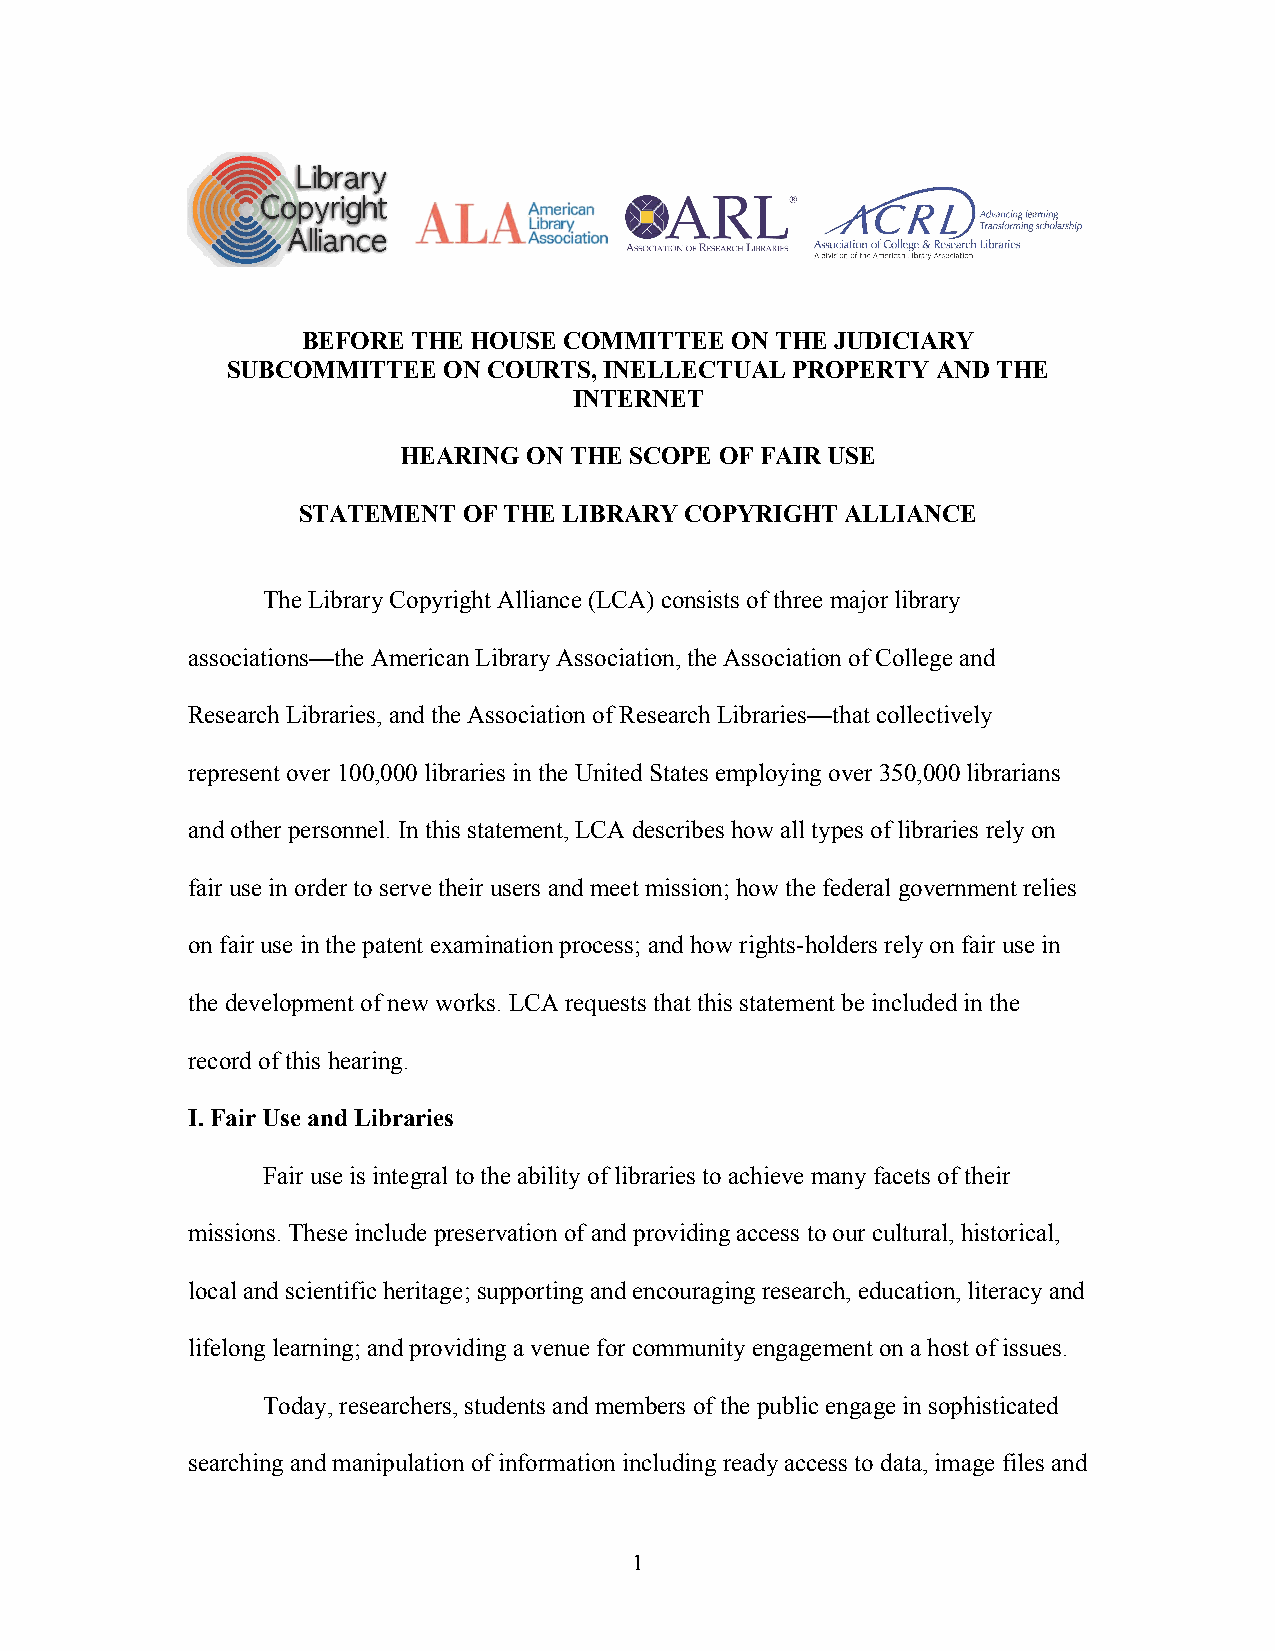
BEFORE THE HOUSE COMMITTEE  ON THE JUDICIARY
 SUBCOMMITTEE  ON COURTS, INELLECTUAL PROPERTY  AND THE
 INTERNET
 HEARING ON THE SCOPE OF FAIR USE
 STATEMENT  OF THE LIBRARY COPYRIGHT ALLIANCE
 The Library Copyright Alliance (LCA) consists of three major library
 associations—the American Library Association, the Association of College and
 Research Libraries, and the Association of Research Libraries—that collectively
 represent over 100,000 libraries in the United States employing over 350,000 librarians
 and other personnel. In this statement, LCA describes how all types of libraries rely on
 fair use in order to serve their users and meet mission; how the federal government relies
 on fair use in the patent examination process; and how rights-holders rely on fair use in
 the development of new works. LCA requests that this statement be included in the
 record of this hearing.
 I. Fair Use and Libraries
 Fair use is integral to the ability of libraries to achieve many facets of their
 missions. These include preservation of and providing access to our cultural, historical,
 local and scientific heritage; supporting and encouraging research, education, literacy and
 lifelong learning; and providing a venue for community engagement on a host of issues.
 Today, researchers, students and members of the public engage in sophisticated
 searching and manipulation of information including ready access to data, image files and
 1